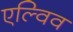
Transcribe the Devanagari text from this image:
एल्विव